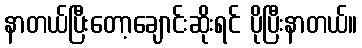
နာတယ်ပြီးတော့ချောင်းဆိုးရင် ပိုပြီးနာတယ်။